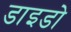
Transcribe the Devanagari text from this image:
डाइडो